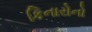
કિનારોનો